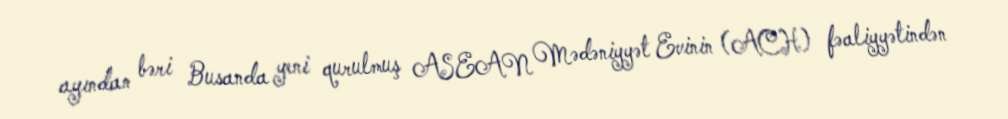
ayından bəri Busanda yeni qurulmuş ASEAN Mədəniyyət Evinin (ACH) fəaliyyətindən